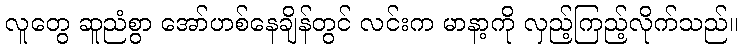
လူတွေ ဆူညံစွာ အော်ဟစ်နေချိန်တွင် လင်းက မာနာ့ကို လှည့်ကြည့်လိုက်သည်။